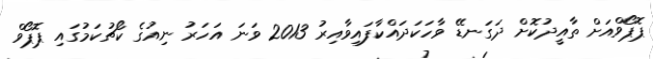
ޕޮޕޯވްއަށް ތާއީދުކޮށް ދަގަނޑޭ ވާހަކަދައްކާފައިވާއިރު 2013 ވަނަ އަހަރު ނިއުގެ ކޯޗުކަމުގައި ޕޮޕޯވް